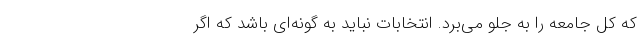
که کل جامعه را به جلو می‌برد. انتخابات نباید به گونه‌ای باشد که اگر